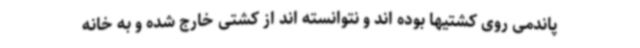
پاندمی روی کشتیها بوده اند و نتوانسته اند از کشتی خارج شده و به خانه